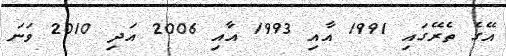
އޭގެ ތެރޭގައި 1991 އާއި 1993 އާއި 2006 އަދި 2010 ވަނަ